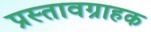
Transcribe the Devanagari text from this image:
प्रस्तावग्राहक